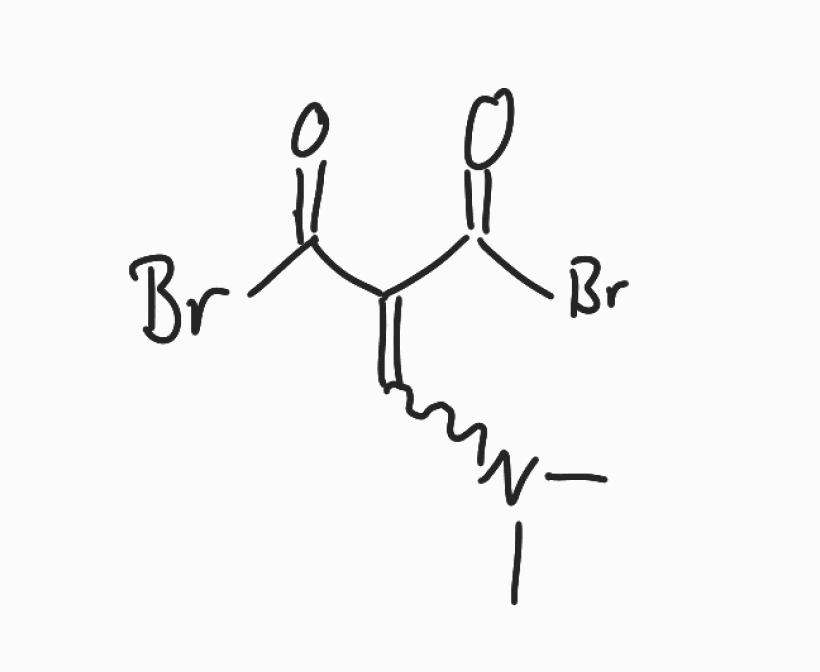
Simplified molecular-input line-entry system (SMILES) notation of the given molecule:
CN(C)C=C(C(=O)Br)C(=O)Br